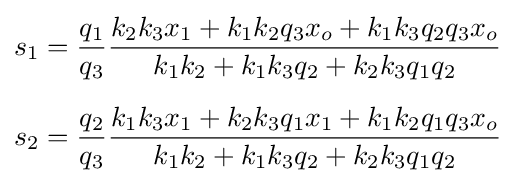
{\begin{aligned}&s_{1}={\frac {q_{1}}{q_{3}}}{\frac {k_{2}k_{3}x_{1}+k_{1}k_{2}q_{3}x_{o}+k_{1}k_{3}q_{2}q_{3}x_{o}}{k_{1}k_{2}+k_{1}k_{3}q_{2}+k_{2}k_{3}q_{1}q_{2}}}\\[6pt]&s_{2}={\frac {q_{2}}{q_{3}}}{\frac {k_{1}k_{3}x_{1}+k_{2}k_{3}q_{1}x_{1}+k_{1}k_{2}q_{1}q_{3}x_{o}}{k_{1}k_{2}+k_{1}k_{3}q_{2}+k_{2}k_{3}q_{1}q_{2}}}\end{aligned}}